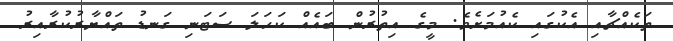
ތަކެއްޗާއި އެކުގައި ކެއުމަށެވެ. މީގެ އިތުރުން ބައެއް ކަހަލަ ސަޓަނި ގަނޑު ތައްޔާރުކުރާއިރު